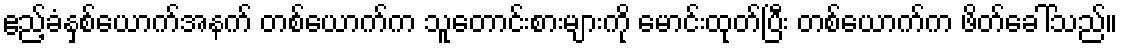
ဧည့်ခံနှစ်ယောက်အနက် တစ်ယောက်က သူတောင်းစားများကို မောင်းထုတ်ပြီး တစ်ယောက်က ဖိတ်ခေါ်သည်။